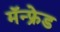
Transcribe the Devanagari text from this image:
मॅन्फ्रेड